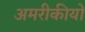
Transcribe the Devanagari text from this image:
अमरीकीयों